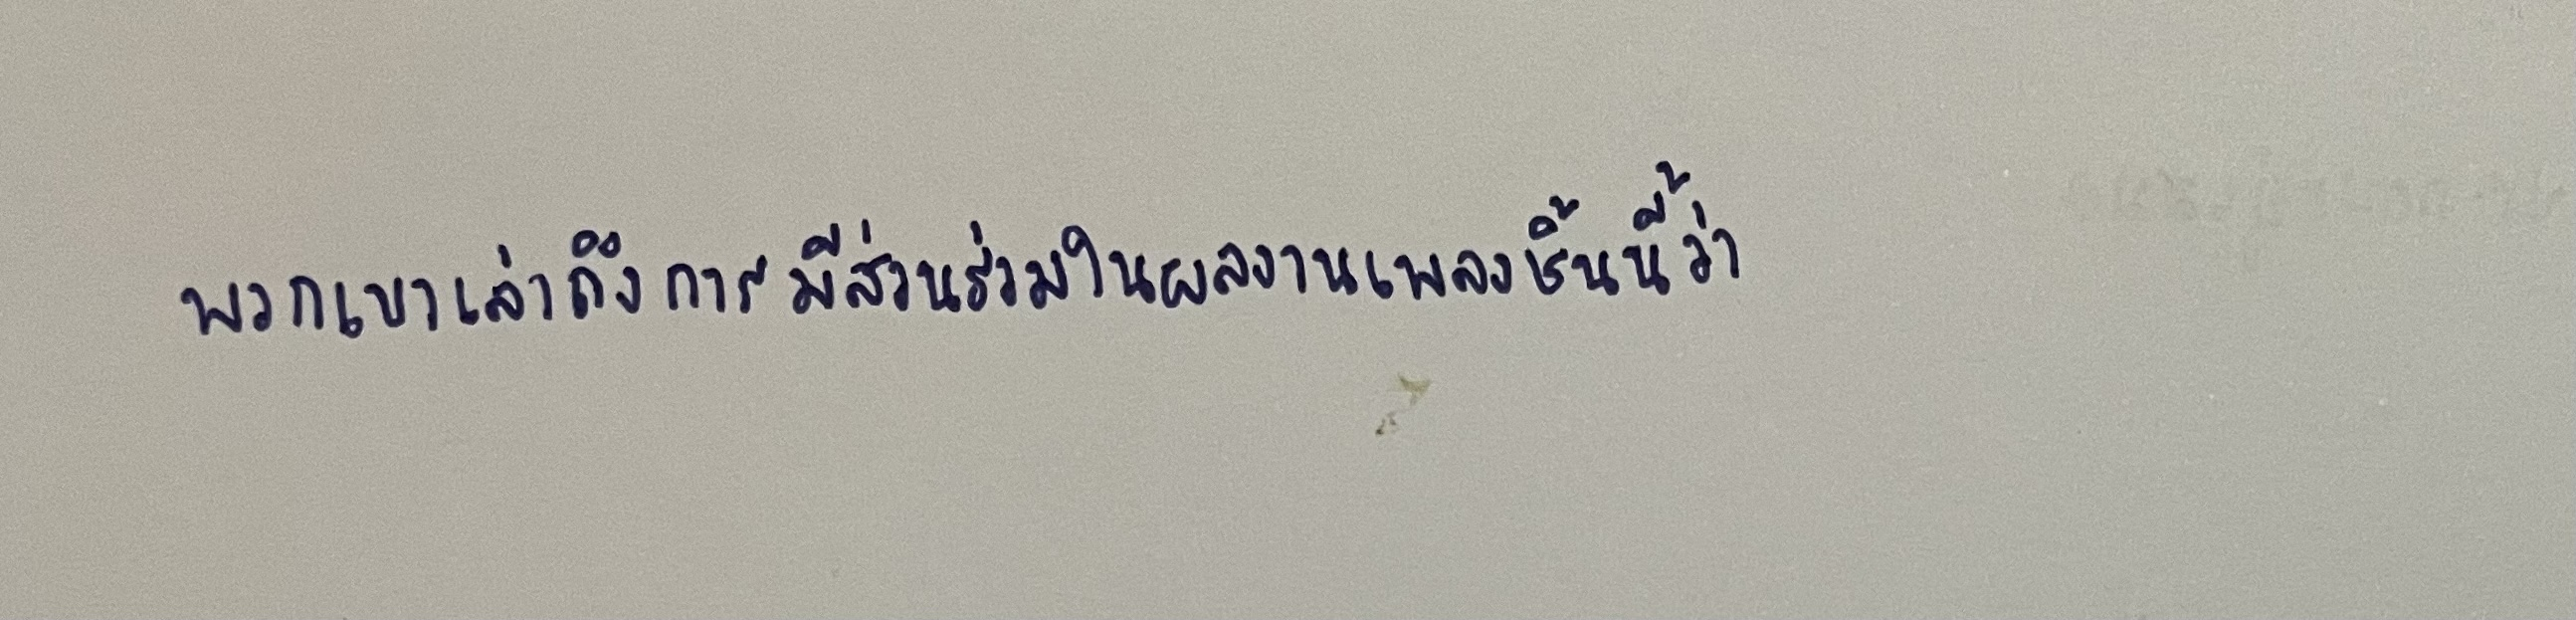
พวกเขาเล่าถึงการมีส่วนร่วมในผลงานเพลงชิ้นนี้ว่า